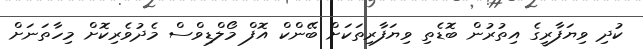
ކުދި ވިޔަފާރީގެ އިތުރުން ބޮޑެތި ވިޔަފާރިތަކަށް ބޭންކް އޮފް މޯލްޑިވްސް މެދުވެރިކޮށް މިހާތަނަށް